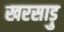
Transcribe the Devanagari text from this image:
खरसाड़ु